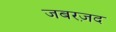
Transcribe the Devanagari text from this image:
जबरज़द